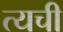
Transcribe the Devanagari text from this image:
त्यची